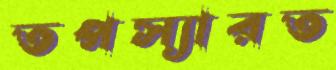
তপস্যারত